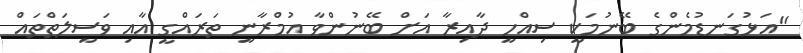
"އަޅުގަނޑުމެންގެ ބޭނުމަކީ ސިއްހީ ދާއިރާ އަށް ބޭނުންވާ އުމްރާނީ ތަރައްގީ އާއި ވަސީލަތްތައް